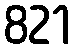
821